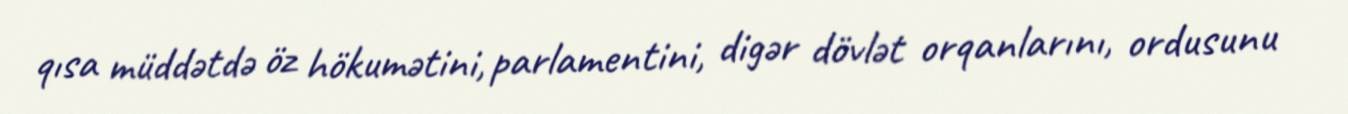
qısa müddətdə öz hökumətini, parlamentini, digər dövlət orqanlarını, ordusunu